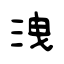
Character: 洩